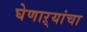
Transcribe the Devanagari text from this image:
घेणाऱ्यांचा